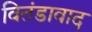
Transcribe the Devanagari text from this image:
वितंडावाद